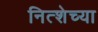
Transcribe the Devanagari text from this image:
नित्शेच्या